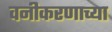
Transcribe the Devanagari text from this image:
वनीकरणाच्या